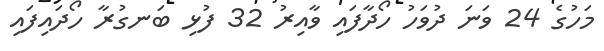
މަހުގެ 24 ވަނަ ދުވަހު ހޯދާފައި ވާއިރު 32 ފުޅި ބަނގުރާ ހޯދައިފައި